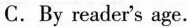
C. By reader's age.